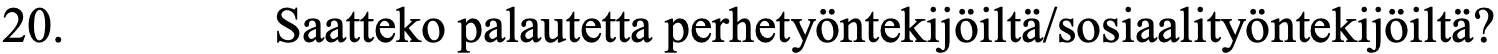
20.      Saatteko palautetta perhetyöntekijöiltä/sosiaalityöntekijöiltä?